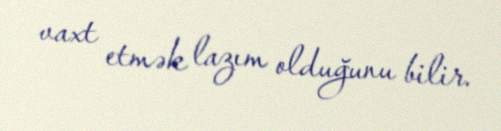
vaxt etmək lazım olduğunu bilir.